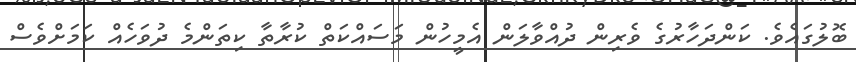
ބޮލުގައެވެ. ކަންދަހާރުގެ ވެރިން ދުއްވާލަން އެމީހުން މަސައްކަތް ކުރާތާ ކިތަންމެ ދުވަހެއް ކަމަށްވެސް